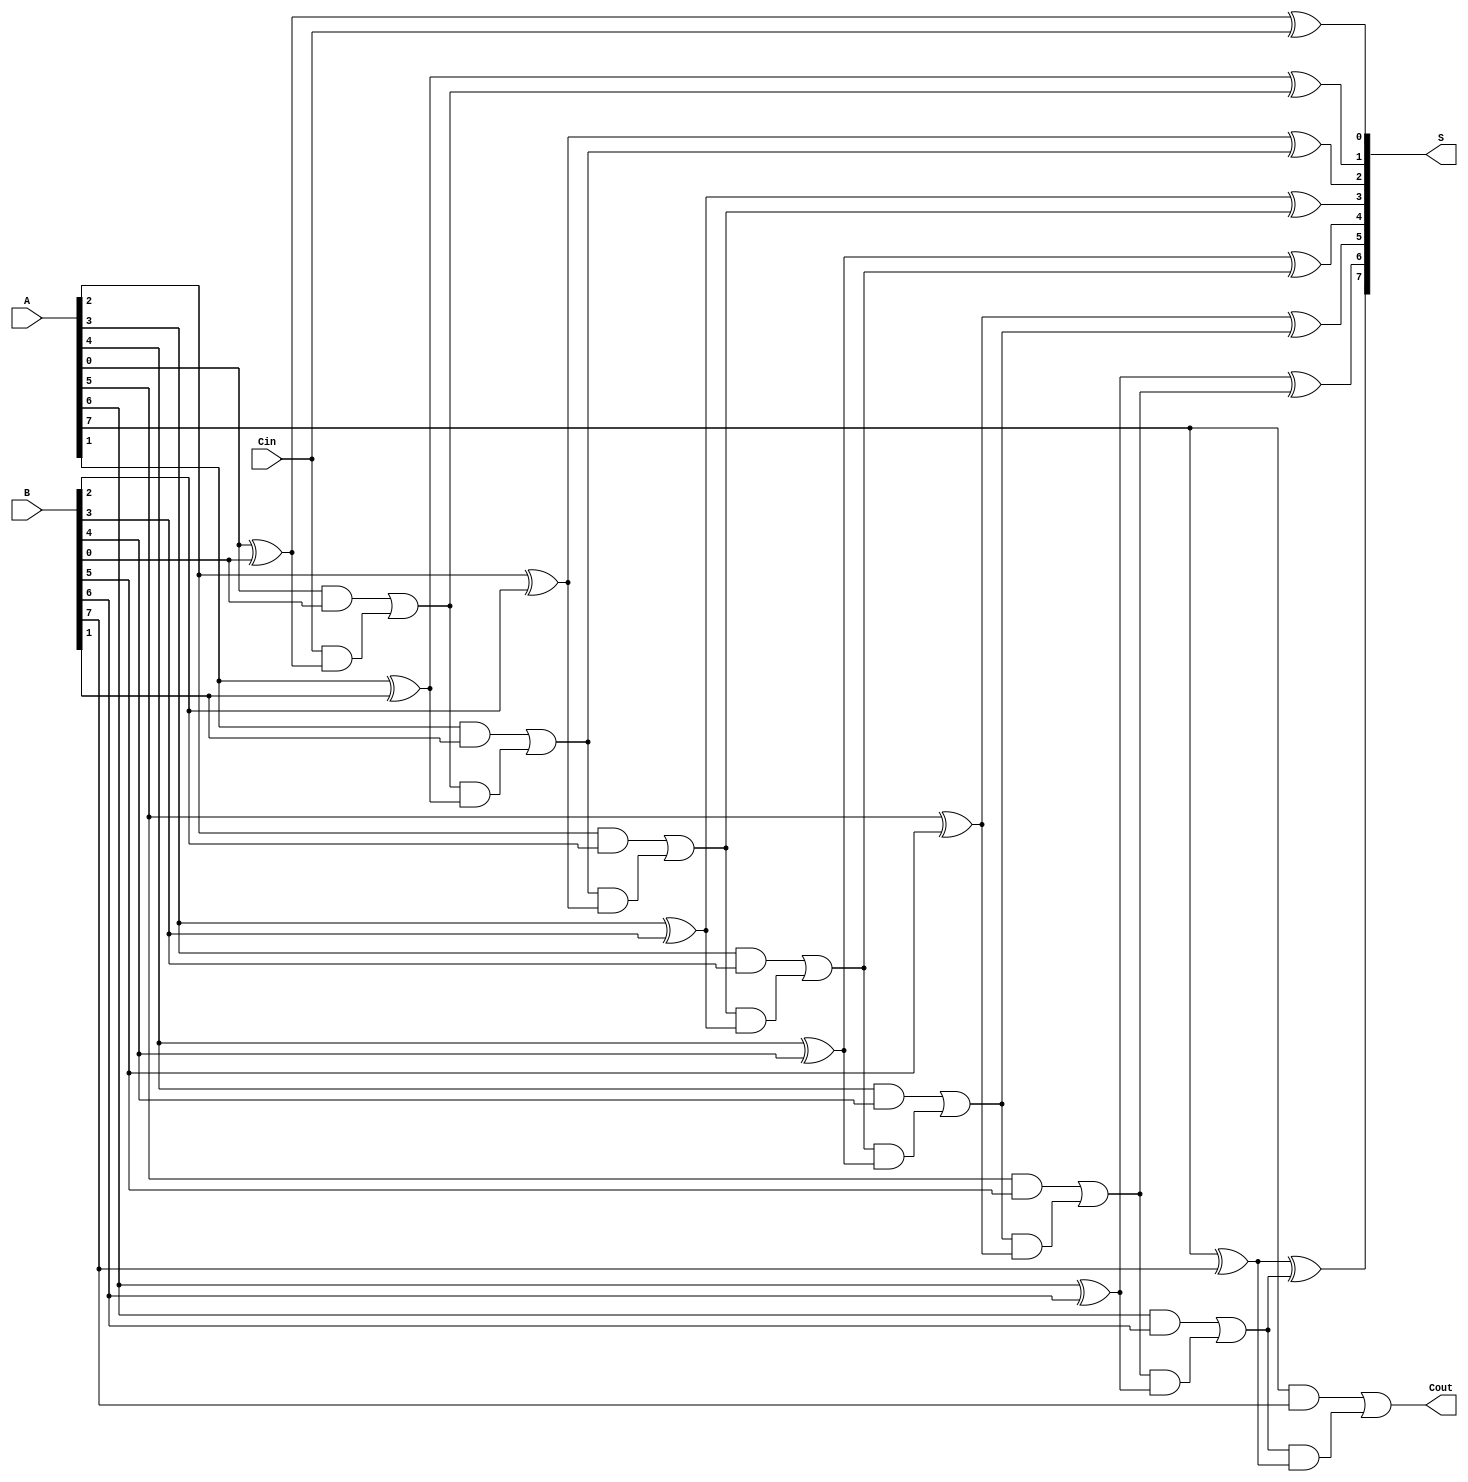
module ParallelFullAdder #(parameter n = 8) (
    input [n-1:0] A,      // n-bit input A
    input [n-1:0] B,      // n-bit input B
    input Cin,            // Carry-in for the least significant bit
    output [n-1:0] S,     // n-bit sum output
    output Cout           // Carry-out from the most significant bit
);

    wire [n:0] carry;     // Carry wires for each bit

    assign carry[0] = Cin; // Initialize the first carry with Cin

    // Generate n full adders
    genvar i;
    generate
        for (i = 0; i < n; i = i + 1) begin : full_adder
            wire sum, c_out;

            // Full Adder logic
            assign sum = A[i] ^ B[i] ^ carry[i]; // Sum output
            assign c_out = (A[i] & B[i]) | (carry[i] & (A[i] ^ B[i])); // Carry output

            assign S[i] = sum;               // Assign sum output
            assign carry[i + 1] = c_out;     // Connect carry-out to the next carry-in
        end
    endgenerate

    assign Cout = carry[n]; // Final carry-out

endmodule